Lock hospitals Punjab
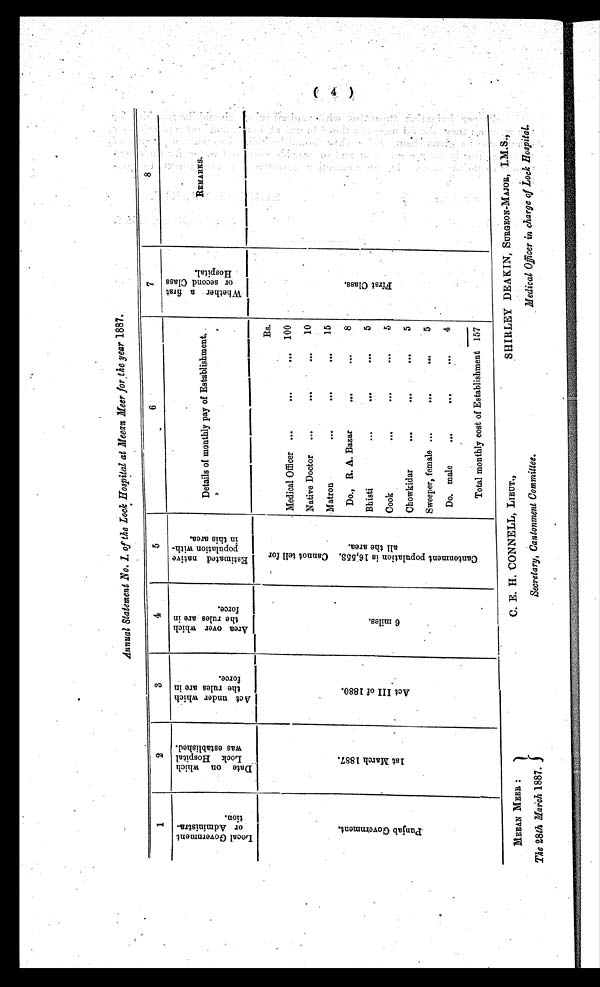
Annual Statement No. I. of the Lock Hospital at Meean Meer for the year 1887.
1
2
3
4
5
6
7
8
L o c a l G o v e r n m e n t o r A d m i n i s t r a - t i o n .
D a t e o n w h i c h L o c k H o s p i t a l w a s e s t a b l i s h e d .
Act under whi ch
t he r ul e s a r e i n f or c e .
Ar ea over whi ch
t he r ul e s a r e i n f or c e .
Es t i ma t e d na t i ve
p o p u l a t i o n w i t h - i n t h i s a r e a .
D e t a i l s o f m o n t h l y p a y o f E s t a b l i s h m e n t .
W h e t h e r a f i r s t o r s e c o n d C l a s s H o s p i t a l .
REMARKS.
P u n j a b G o v e r n m e n t .
1 s t Ma r c h 1 8 8 7 .
A c t I I I o f 1 8 8 0 .
6 m i l e s .
C a n t o n m e n t p o p u l a t i o n i s 1 6 , 5 5 3 . C a n n o t t e l l f o r a l l t h e a r e a .
Rs.
F i r s t C l a s s .
Medical Officer
100
Native Doctor
10
Matron
15
Do., R. A. Bazar
8
Bhisti
5
Cook
5
Chowkidar
5
Sweeper, female
5
Do. male
4
Total monthly cost of Establishment 157
( 4 )
MEEAN MEER :
The 28th March 1887.
C. E. H. CONNELL, LIEUT.,
Secretary, Cantonment Committee.
SHIRLEY DEAKIN, SURGEON–MAJOR, I.M.S.,
Medical Officer in charge of Lock Hospital.